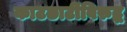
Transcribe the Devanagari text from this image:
काटछाटींविरुद्ध